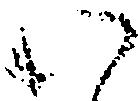
い